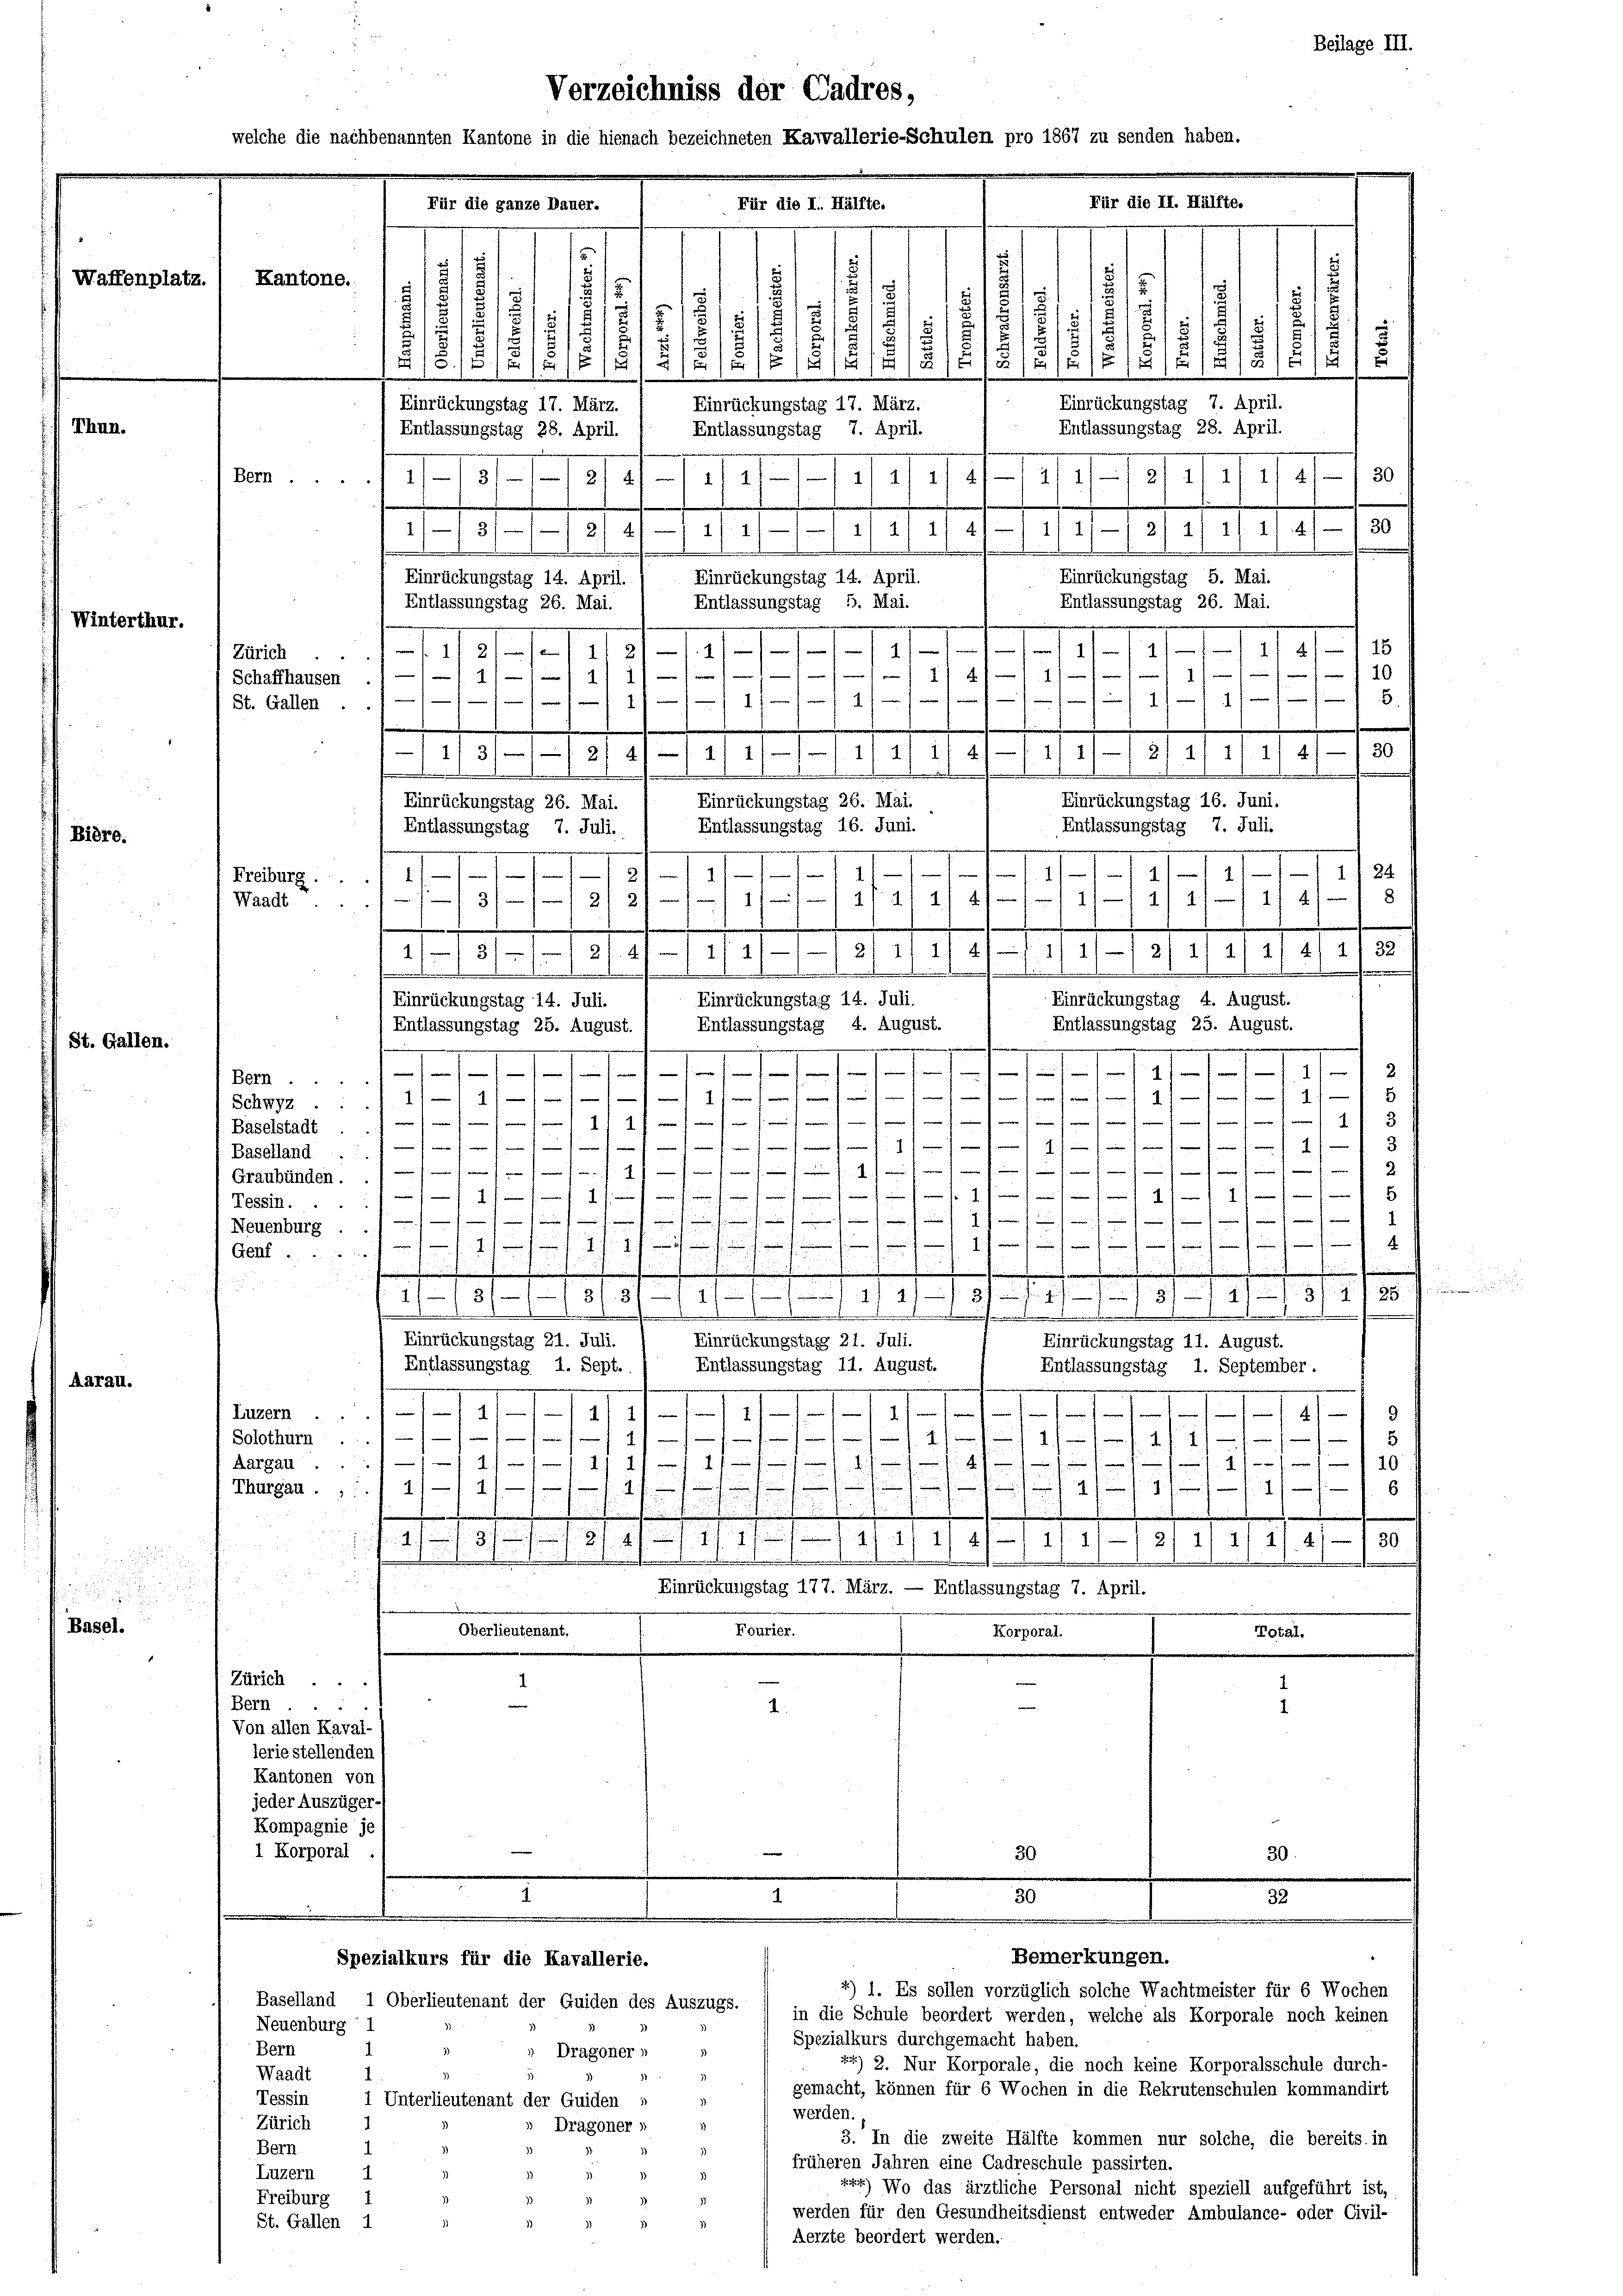
Waffenplatz.

Thun.

Winterthur.

Bière.

St. Gallen.

Aarau.

a
(Basel.

Bern

Zürich
Schaffhausen
St. Gallen

Freiburg.
Waadt

Bern.
Kantonen von
jeder Auszüger-
Kompagnie je
1 Korporal.

Verzeichniss der Cadres,
lche die nachbenannten Kantone in die hienach bezeichneten Kawallerie-Schulen pro 1867 zu senden haben.
Für die II. Hälfte.

Für die I. Hälfte.
8
1
Kantone.
e
.
181
J
x
)
5
5
.
5
8
1
d
8
d
.
2/ 18
(1313/14 1/2
/5/5. 13
.15/5/18
515
Einrückungstag 7. April.
Einrückungstag 17. März.
Einrückungstag 17. März.
Entlassungstag 28. April.
Entlassungstag 28. April.
Entlassungstag 7. April.
30
1
1115.
11/11/11/11 9
319
30
1/ 31
4/4/-1 2/4 11 11 47.
11/11/1
2) 41 — 11 1/
d
.........
.
Einrückungstag 5. Mai.
Einrückungstag 14. April.
Einrückungstag 14. April.
5. Mai.
Entlassungstag 26. Mai.
Entlassungstag 26. Mai.
Entlassungstag
15
.
1
121
131 f. 1181. 1941.
2
10
e
1
f
e
1
1)
1
.
1
111/11-1128.
4
.
.
1131. 1791. 1111/11/113/IIIIIGANNA/
newe
e
.
n
Einrückungstag 16. Juni.
Einrückungstag 26. Mai.
Einrückungstag 26. Mai.
Entlassungstag 7. Juli.
Entlassungstag 16. Juni.
Entlassungstag 7. Juli.
11 24
1
1
151
t
I
1
1 247
11—11/11 1/4/ 8
e

1
13/1/2/ 2/
1

1/11//21 11 141—11/ 1// 2/ 11 2/4/4/ 2/ 32.
1/ 1890 n 1. 2.
—
i
.
Einrückungstag 4. August.
Einrückungstag 14. Juli.
Einrückungstag 14. Juli.
Entlassungstag 25. August.
Entlassungstag 4. August.
Entlassungstag 23. August.
aesenheit an den sein ein eine an sie an e f g an den auf 1.
.
Bern.
1)
f
1/11/12
vom
4
 man eine
—
f meine
.
11 f 0 x
f
1/11/11/11/11 g
Baselland .

)
.
Graubünden . 1 f
111

141
1/I
Tessin. ..

.J.
Neuenburg .///

Genf . .
e

.
.
8/1 11. 191. 188
1fr. f.
1181
42)
131. 317 11

e
nd
.
.
Einrückungstag 21. Juli.
Einrückungstag 21. Juli.
Einrückungstag 11. August.
Entlassungstag 11. August.
Entlassungstag 1. Sept.
Entlassungstag 1. September.
e

.
Lizen 14
114/11 14
e
e
f
.
114 f.
Solothurn ... ——
. 2
21
.

110
 2 1/2 f 2
Aargau ...
.
f
.
.
Thurgau ..11) —
.

n
 1/12 1/2. 47. 430
.
.
.
Einrückungstag 177. März. — Entlassungstag 7. April.
Oberlieutenant,
100.
10.
Korporal.
Zürich ..
1
e
I.
.
Von allen Kaval-
lerie stellenden s

Schwyz ...
Baselstadt . .

Neuenburg

Für die ganze Dauer-

Bemerkungen.
*) 1. Es sollen vorzüglich solche Wachtmeister für 6 Wochen

Beilage III.

7
30
32
2
Spezialkurs für die Kavallerie.
Baselland, 1 Oberlieutenant der Guiden des Auszugs.
in die Schule beordert werden, welche als Korporale noch keinen
Spezialkurs durchgemacht haben.
1
Bern
 Dragoner »
xx) 2. Nur Korporale, die noch keine Korporalsschule durch-
1.
Waadt
gemacht, können für 6 Wochen in die Rekrutenschulen kommandirt
Tessin
1 Unterlieutenant der Quiden
werden.
Zürich
» Dragoner »
3. In die zweite Hälfte kommen nur solche, die bereits. in
1
Bern
)
früheren Jahren eine Cadreschule passirten.
d
1
Luzern
3
x) Wo das ärztliche Personal nicht speziell aufgeführt ist,
Freiburg
)
3
werden für den Gesundheitsdienst entweder Ambulance- oder Civil-
St. Gallen 1
d
Aerzte beordert werden.

.